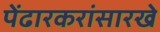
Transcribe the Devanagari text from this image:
पेंढारकरांसारखे